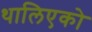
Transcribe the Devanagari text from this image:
थालिएको